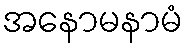
အနောမနာမံ